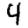
Digit: 4